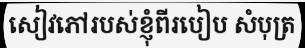
សៀវភៅរបស់ខ្ញុំពីរបៀប សំបុត្រ